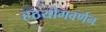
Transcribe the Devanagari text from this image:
हठयोगवर्णन